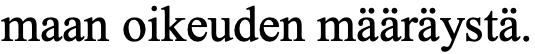
maan oikeuden määräystä.